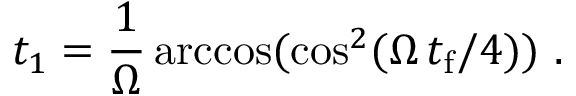
t _ { 1 } = \frac { 1 } { \Omega } \operatorname { a r c c o s } ( \cos ^ { 2 } ( \Omega \, t _ { \mathrm { f } } / 4 ) ) ~ .